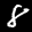
Digit: 8